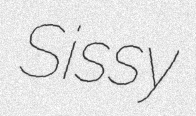
Sissy